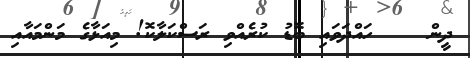
ދީން    ހައްދަވައި ބޮޑު ކުރެއްވި ރަސްކަލާކޮ! މިއަޅާގެ މަންމައާއި